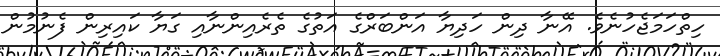
ހިތްހަމަޖެހުނެވެ. އޭނާ ދިން ހަދިޔާ އަންބަރްގެ އަތުގެ ތެރެއިންނާއި ގަޔާ ކައިރިން ފެނުމުން